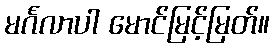
မင်္ဂလာပါ မောင်မြင့်မြတ်။